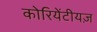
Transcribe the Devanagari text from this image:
कोरियेंटीयज़